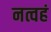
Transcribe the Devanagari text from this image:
नत्वहं